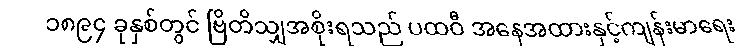
၁၈၉၄ ခုနှစ်တွင် ဗြိတိသျှအစိုးရသည် ပထဝီ အနေအထားနှင့်ကျန်းမာရေး